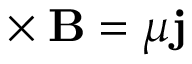
\mathbf { \nabla } \times \mathbf { B } = \mu \mathbf { j }